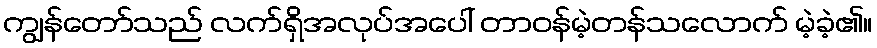
ကျွန်တော်သည် လက်ရှိအလုပ်အပေါ် တာဝန်မဲ့တန်သလောက် မဲ့ခဲ့၏။